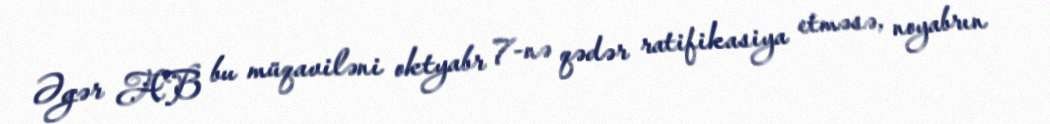
Əgər AB bu müqaviləni oktyabr 7-nə qədər ratifikasiya etməsə, noyabrın